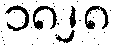
၁၈၂၈